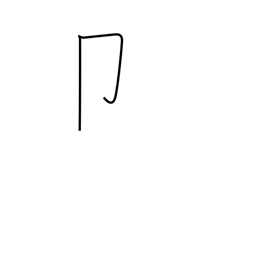
Meaning: seal radical (no. 26)